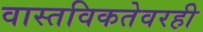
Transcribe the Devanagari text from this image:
वास्तविकतेवरही